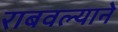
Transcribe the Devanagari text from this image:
राबवल्याने